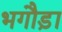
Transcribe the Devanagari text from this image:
भगौड़ा